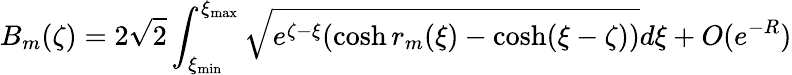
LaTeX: B_{m}(\zeta)=2\sqrt{2}\int_{\xi_{\operatorname*{min}}}^{\xi_{\operatorname*{max}}}\sqrt{e^{\zeta-\xi}(\cosh r_{m}(\xi)-\cosh(\xi-\zeta))}d\xi+O(e^{-R})